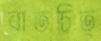
বাতচিত্